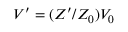
V ^ { \prime } = ( Z ^ { \prime } / Z _ { 0 } ) V _ { 0 }